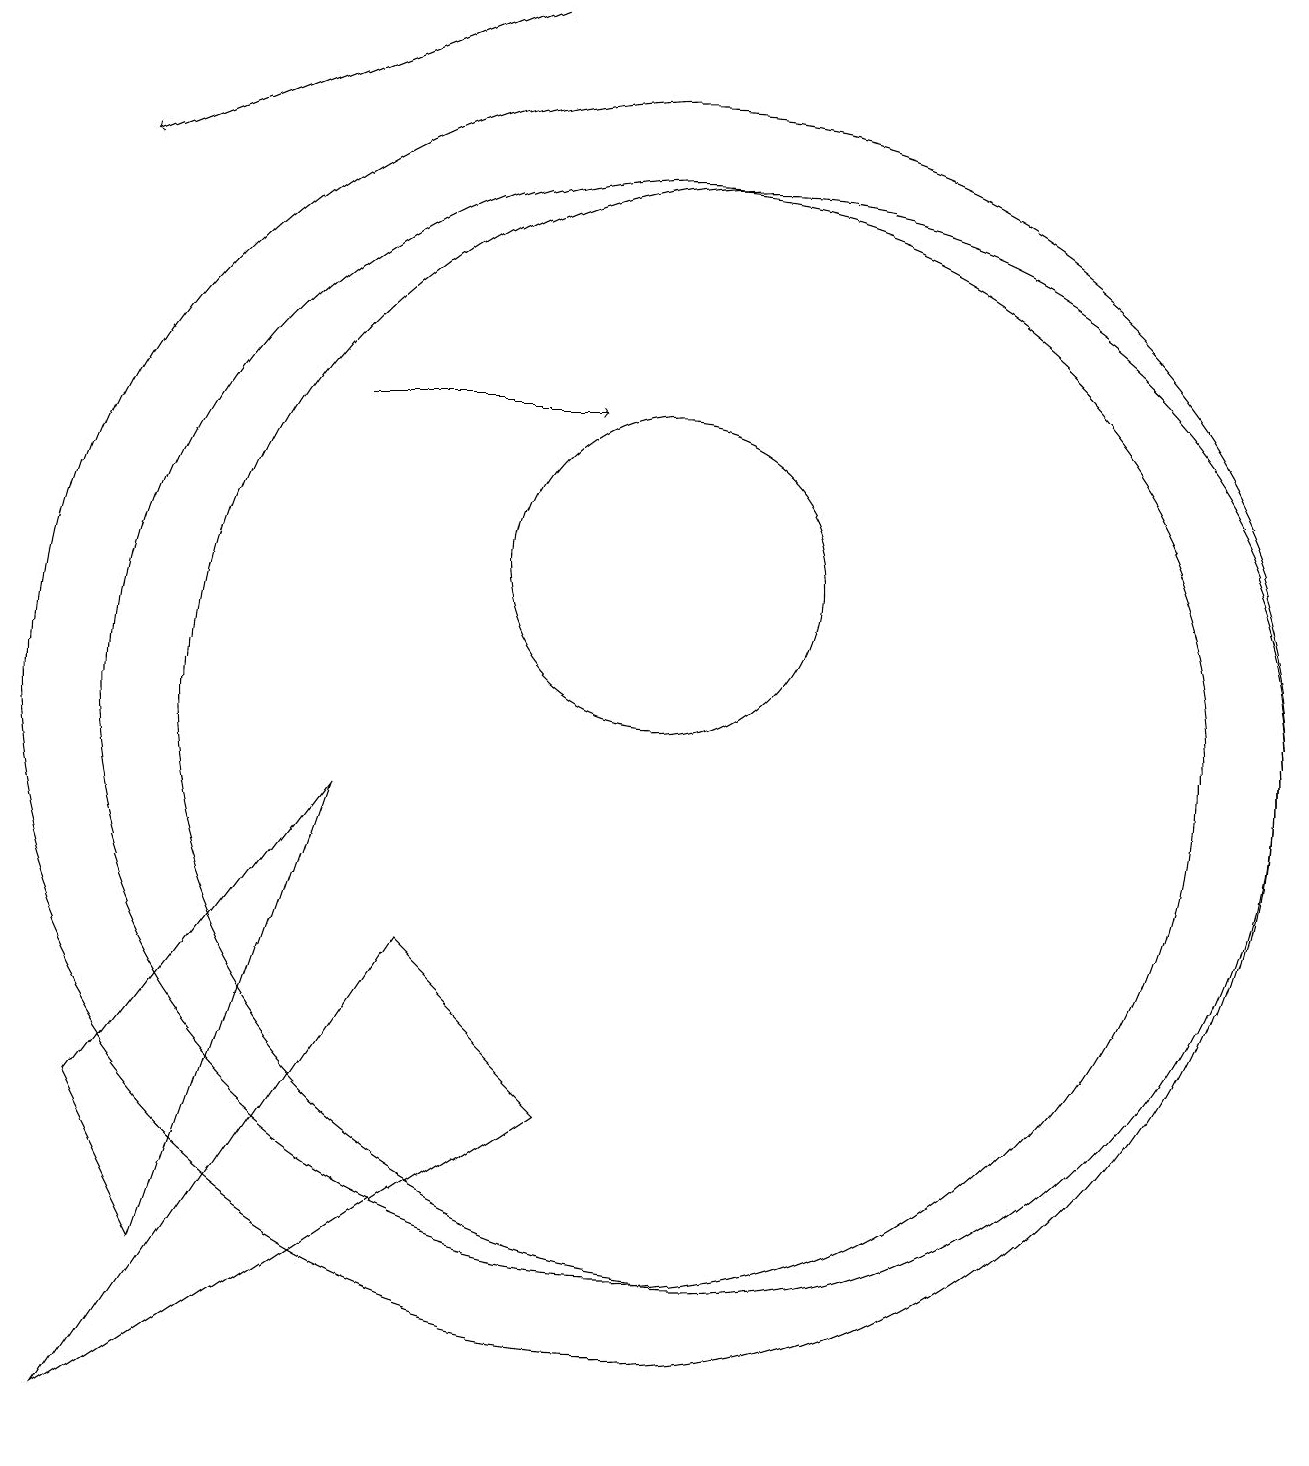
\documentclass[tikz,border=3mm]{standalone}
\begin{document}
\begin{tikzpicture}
\draw (3,5) -- (4,3) -- (6,9) -- cycle;
\draw (10,12) circle (2);
\draw[->] (6,14) -- (9,14);
\draw (10,10) circle (8);
\draw (10,10) circle (7);
\draw (7,7) -- (3,1) -- (9,5) -- cycle;
\draw[->] (8,19) -- (3,17);
\draw (11,10) circle (7);
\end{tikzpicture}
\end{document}